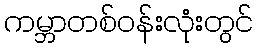
ကမ္ဘာတစ်ဝန်းလုံးတွင်